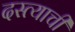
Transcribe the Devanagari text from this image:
दस्त्याची